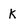
Character: k